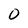
Character: 0